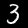
Digit: 3